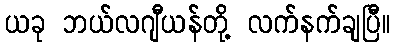
ယခု ဘယ်လဂျီယန်တို့ လက်နက်ချပြီ။